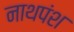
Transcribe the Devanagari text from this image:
नाथपंश